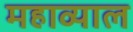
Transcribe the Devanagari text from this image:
महाव्याल